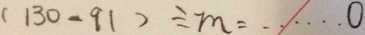
( 1 3 0 - 9 1 ) \div m = \cdots 0